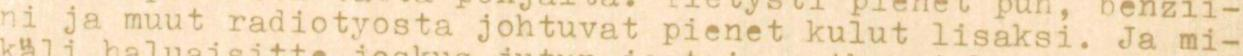
ni ja muut radiotyosta johtuvat pienet kulut lisaksi. Ja mi-